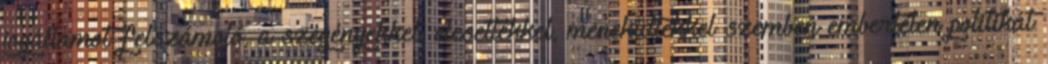
jogállamot felszámoló, a szegényekkel, elesettekkel, menekültekkel szemben embertelen politikát